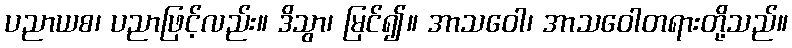
ပညာယစ၊ ပညာဖြင့်လည်း။ ဒိသွာ၊ မြင်၍။ အာသဝေါ၊ အာသဝေါတရားတို့သည်။